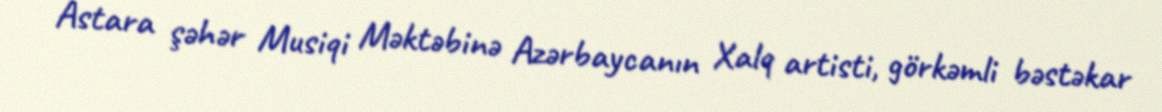
Astara şəhər Musiqi Məktəbinə Azərbaycanın Xalq artisti, görkəmli bəstəkar